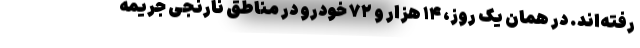
رفته‌اند. در همان یک روز، ۱۴ هزار و ۷۲ خودرو در مناطق نارنجی جریمه